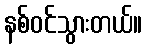
နစ်ဝင်သွားတယ်။